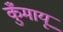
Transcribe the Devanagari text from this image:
कुँमायू